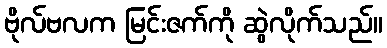
ဗိုလ်ဗလက မြင်းဇက်ကို ဆွဲလိုက်သည်။